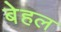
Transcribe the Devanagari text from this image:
बेहल